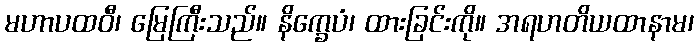
မဟာပထဝီ၊ မြေကြီးသည်။ နိက္ခေပံ၊ ထားခြင်းကို။ အရဟတိယထာနာမ၊